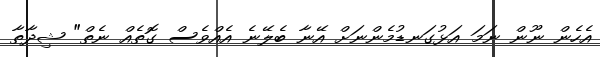
އެހެން ނޫން ނަމަ އަޅުގަނޑުމެންނަށް އޭނާ ބެލޭނެ އެއްވެސް ގޮތެއް ނެތް" ޝިދާތާ